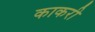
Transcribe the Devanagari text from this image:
काकरी